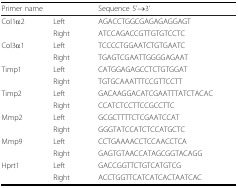
| <COLSPAN=2> Primer name | Sequence 5'→3' |
 | --- | --- | --- |
 | Col1α2 | Left | AGACCTGGCGAGAGAGGAGT |
 |  | Right | ATCCAGACCGTTGTGTCCTC |
 | Col3α1 | Left | TCCCCTGGAATCTGTGAATC |
 |  | Right | TGAGTCGAATTGGGGAGAAT |
 | Timp1 | Left | CATGGAGAGCCTCTGTGGAT |
 |  | Right | TGTGCAAATTTCCGTTCCTT |
 | Timp2 | Left | GACAAGGACATCGAATTTATCTACAC |
 |  | Right | CCATCTCCTTCCGCCTTC |
 | Mmp2 | Left | GCGCTTTTCTCGAATCCAT |
 |  | Right | GGGTATCCATCTCCATGCTC |
 | Mmp9 | Left | CCTGAAAACCTCCAACCTCA |
 |  | Right | GAGTGTAACCATAGCGGTACAGG |
 | Hprt1 | Left | GACCGGTTCTGTCATGTCG |
 |  | Right | ACCTGGTTCATCATCACTAATCAC |